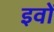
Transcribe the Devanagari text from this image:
इवों